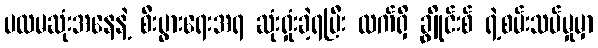
ပထမဆုံးအနေနဲ့ စီးပွားရေးအရ ဆုံးရှုံးခဲ့ရပြီး လက်ရှိ ချွိုင်းစ် ရဲ့စမ်းသပ်မှုမှာ